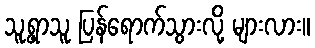
သူ့ရွာသူ ပြန်ရောက်သွားလို့ များလား။